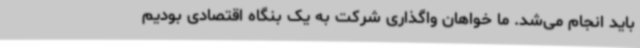
باید انجام می‌شد. ما خواهان واگذاری شرکت به یک بنگاه‌ اقتصادی بودیم